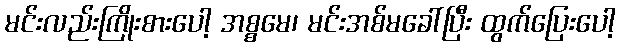
မင်းလည်းကြိုးစားပေါ့ အစ္စမေ၊ မင်းအစ်မခေါ်ပြီး ထွက်ပြေးပေါ့